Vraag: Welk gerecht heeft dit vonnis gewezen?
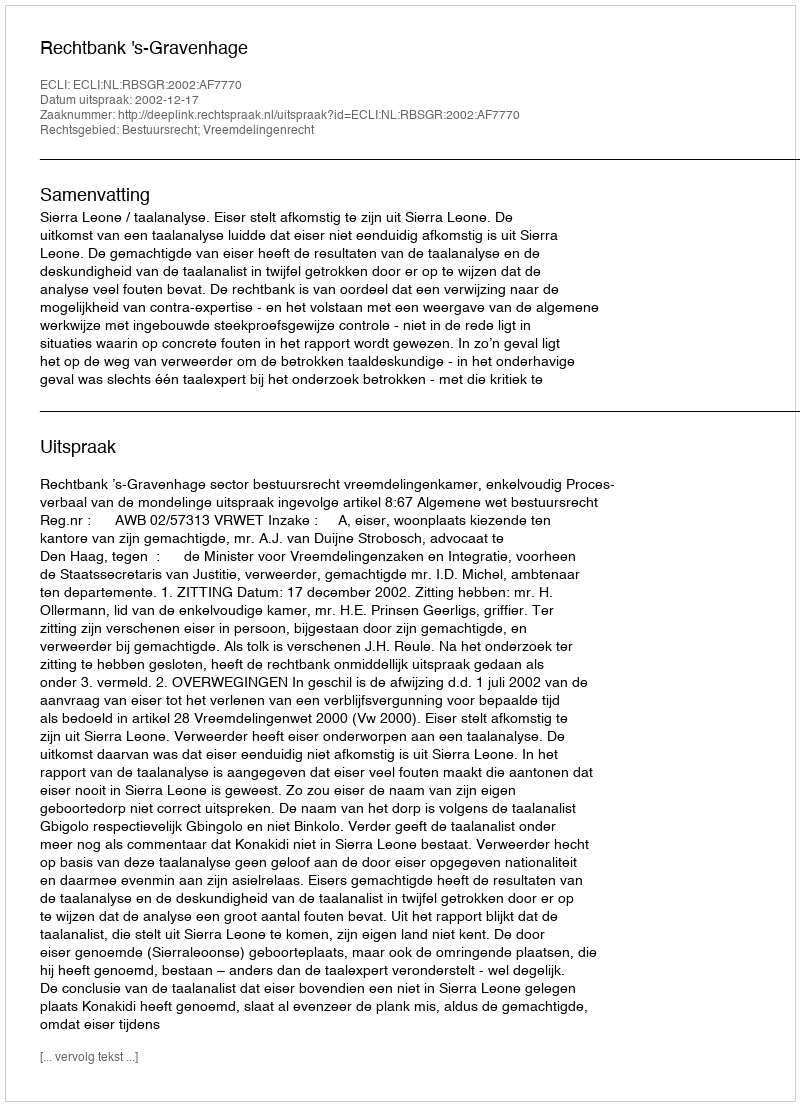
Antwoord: Rechtbank 's-Gravenhage